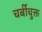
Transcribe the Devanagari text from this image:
चर्बीचुक्त